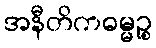
အနီတိကဓမ္မဉ္စ